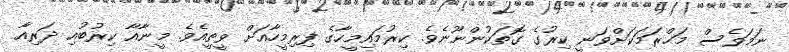
ނަމަވެސް މަޙްރަމަކަށްވަނީ ކިރުގެ ގޮތަކުންނޫނެވެ. ކިރުމައިމީހާގެ ފިރިމީހާއަށް ވީތީއެވެ. މީނާއާ ކިރުބުއި ދަރިއާ